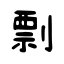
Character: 剽